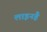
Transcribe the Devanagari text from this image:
लाइनहै